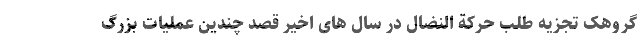
گروهک تجزیه طلب حرکة النضال در سال های اخیر قصد چندین عملیات بزرگ